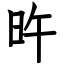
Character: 旿